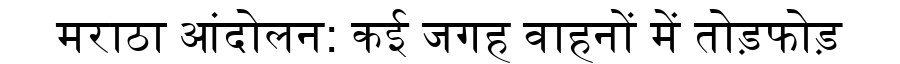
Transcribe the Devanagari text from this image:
मराठा आंदोलन: कई जगह वाहनों में तोड़फोड़